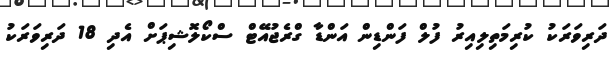
ދަރިވަރަކު ކުރިމަތިލިއިރު ފުލް ފަންޑިން އަންޑާ ގްރެޖުއޭޓް ސްކޯލޮޝިޕަށް އެދި 18 ދަރިވަރަކު